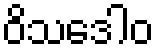
ဝိသဒေါဝ